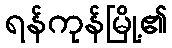
ရန်ကုန်မြို့၏